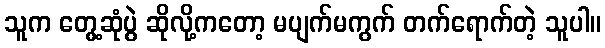
သူက တွေ့ဆုံပွဲ ဆိုလို့ကတော့ မပျက်မကွက် တက်ရောက်တဲ့ သူပါ။